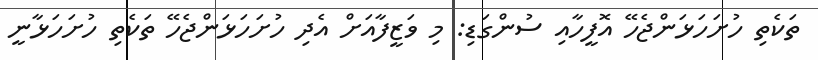
ތަކެތި ހުށަހަޅަންޖެހޭ އޮފީހާއި ސުންގަޑި: މި ވަޒީފާއަށް އެދި ހުށަހަޅަންޖެހޭ ތަކެތި ހުށަހަޅާނީ